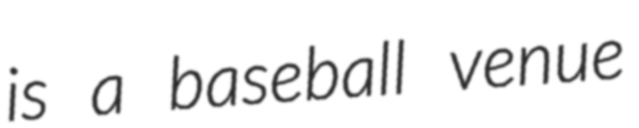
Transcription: is a baseball venue